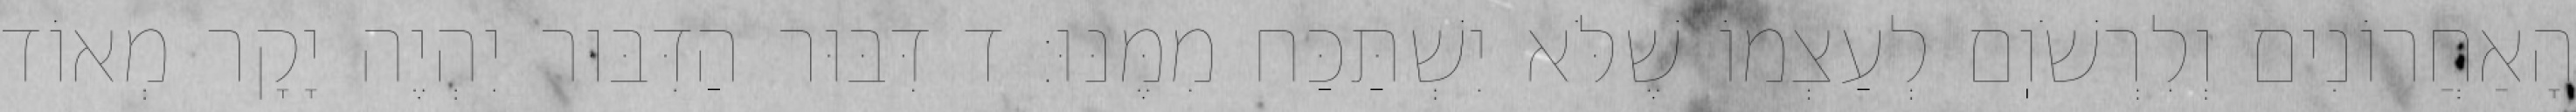
הָאַחֲרוֹנִים וְלִרְשֹׁוֽם לְעַצְמוֹ שֶׁלֹּא יִשְׁתַּכַּח מִמֶּנּוּ: ד דִּבּוּר הַדִּבּוּר יִהְיֶה יָקָר מְאוֹד